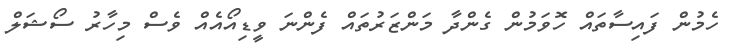
ހެމުން ފައިސާތައް ހޮވަމުން ގެންދާ މަންޒަރުތައް ފެންނަ ވީޑިއޯއެއް ވެސް މިހާރު ސޯޝަލް